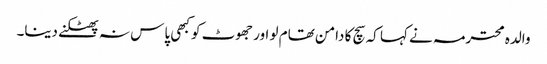
والدہ محترمہ نے کہا کہ سچ کا دامن تھام لو اور جھوٹ کو کبھی پاس نہ پھٹکنے دینا۔